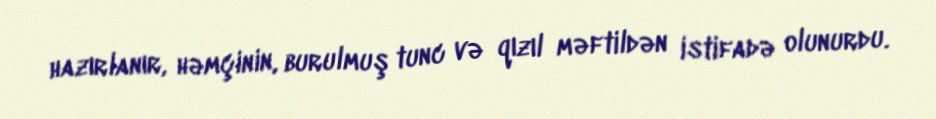
hazırlanır, həmçinin, burulmuş tunc və qızıl məftildən istifadə olunurdu.